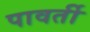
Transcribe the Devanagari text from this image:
पावर्ती